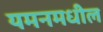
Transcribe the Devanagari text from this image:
यमनमधील